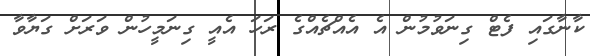
ކާނާގައި ފެޓް ގިނަވުމުން އެ އެއްޗެއްގެ ރަހަ އެއީ ގިނަމީހުން ވަރަށް ގަޔާވާ